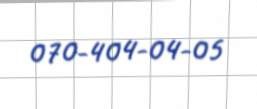
070-404-04-05